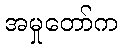
အမှုတော်က